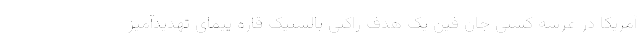
آمریکا در عرشه کشتی جان فین یک هدف راکتی بالستیک قاره پیمای تهدیدآمیز